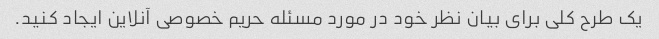
یک طرح کلی برای بیان نظر خود در مورد مسئله حریم خصوصی آنلاین ایجاد کنید.